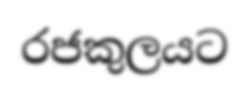
රජකුලයට